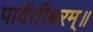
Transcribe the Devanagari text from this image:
पार्वतीश्वरम्॥